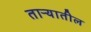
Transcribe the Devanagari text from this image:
ताऱ्यातील